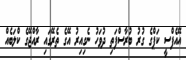
އޭއެފްސީ ކަޕްގެ ގުރު ބުރާސްފަތި ދުވަހު ނެގިއިރު އޭގެ ތެރޭގައި ރާއްޖޭގެ ކްލަބެއް